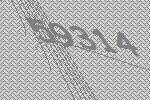
59314